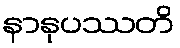
နာနုပဿတိ